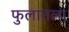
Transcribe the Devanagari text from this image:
फुलातला